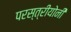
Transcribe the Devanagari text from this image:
परस्त्रीयोनी